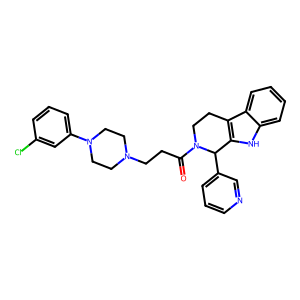
SMILES: O=C(CCN1CCN(c2cccc(Cl)c2)CC1)N1CCc2c([nH]c3ccccc23)C1c1cccnc1
Inhibits HIV replication: No